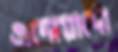
এদোয়ার্দো